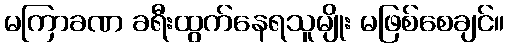
မကြာခဏ ခရီးထွက်နေရသူမျိုး မဖြစ်စေချင်။